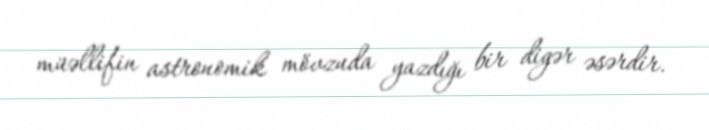
müəllifin astronomik mövzuda yazdığı bir digər əsərdir.